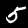
Label: 5